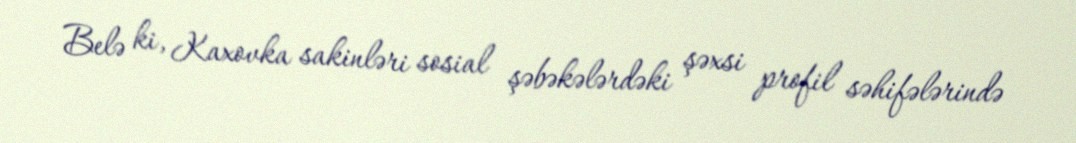
Belə ki, Kaxovka sakinləri sosial şəbəkələrdəki şəxsi profil səhifələrində